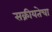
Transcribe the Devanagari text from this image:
सक्रीयतेचा